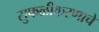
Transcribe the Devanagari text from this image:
सुफळीकरणाचे